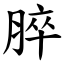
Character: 脺